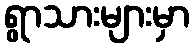
ရွာသားများမှာ